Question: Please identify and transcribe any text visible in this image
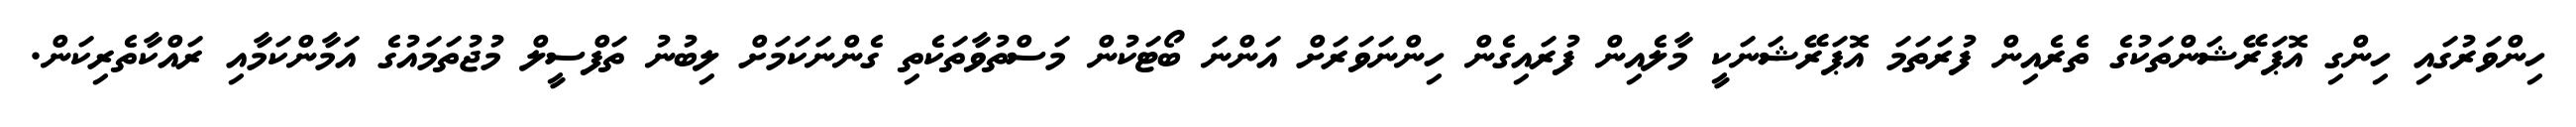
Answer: ހިންވަރުގައި ހިންގި އޮޕަރޭޝަންތަކުގެ ތެރެއިން ފުރަތަމަ އޮޕަރޭޝަނަކީ މާލެއިން ފުރައިގެން ހިންނަވަރަށް އަންނަ ބޯޓަކުން މަސްތުވާތަކެތި ގެންނަކަމަށް ލިބުނު ތަފްސީލް މުޖުތަމައުގެ އަމާންކަމާއި ރައްކާތެރިކަން.